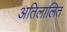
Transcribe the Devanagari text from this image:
अतिलालित